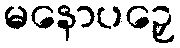
မနောပဉှေ